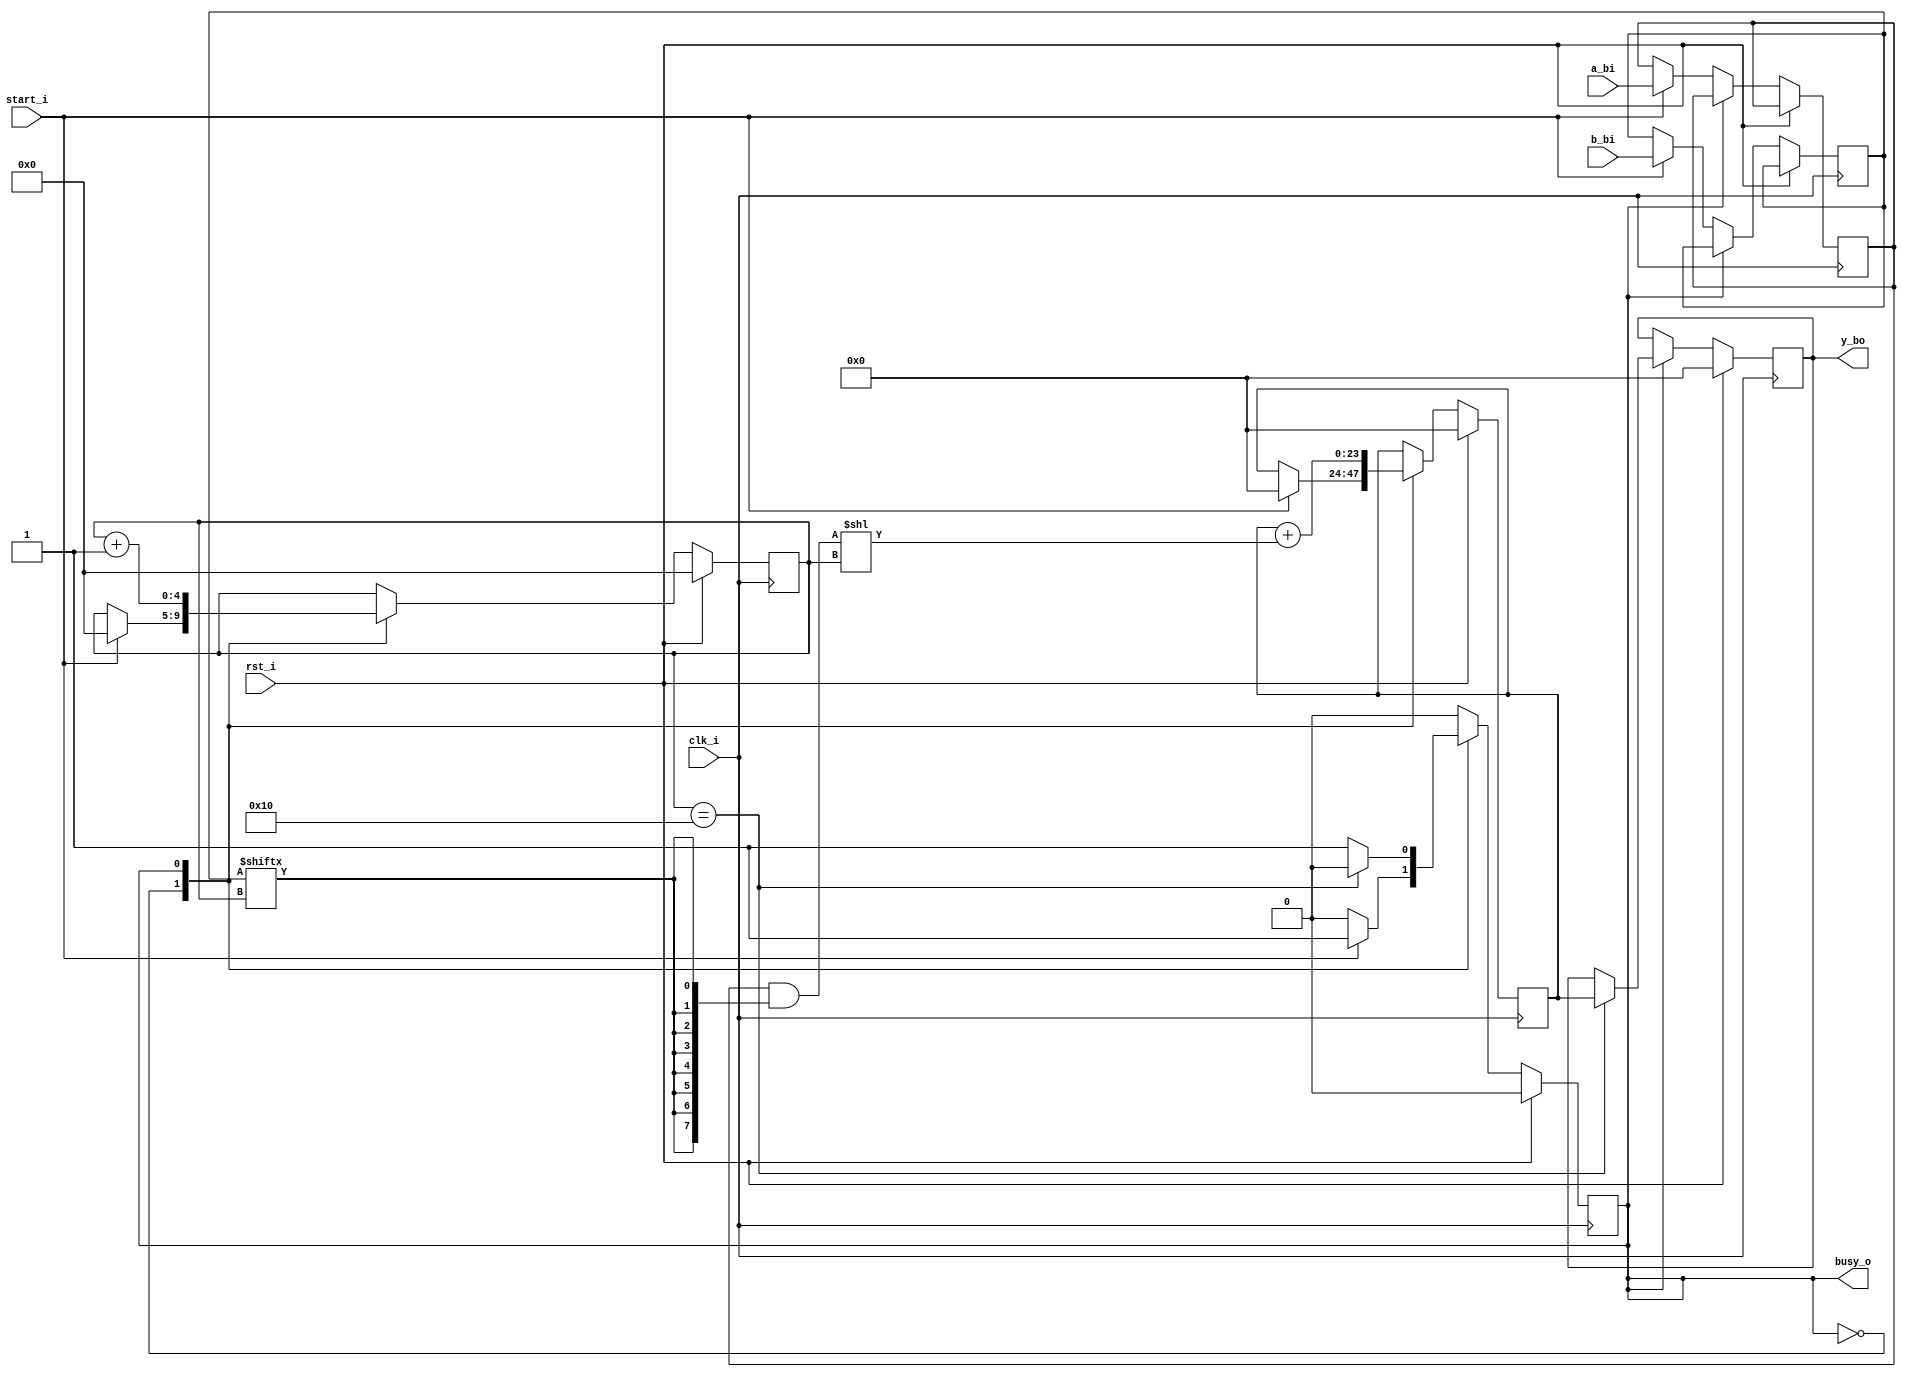
`timescale 1ns / 1ps
//////////////////////////////////////////////////////////////////////////////////
// Company: 
// Engineer: 
// 
// Design Name: 
// Module Name: multipl
// Project Name: 
// Target Devices: 
// Tool Versions: 
// Description: 
// 
// Dependencies: 
// 
// Revision:
// Revision 0.01 - File Created
// Additional Comments:
// 
//////////////////////////////////////////////////////////////////////////////////


module multipl( 
    input clk_i,
    input rst_i,
    
    input [7:0] a_bi,
    input [15:0] b_bi,
    input start_i,
    
    output busy_o,
    output reg [23:0] y_bo
);

    localparam IDLE = 1'b0;
    localparam WORK = 1'b1;

    reg [4:0] ctr; //perenos
    wire [3:0] end_step; //number length
    wire [7:0] part_sum;
    wire [23:0] shifted_part_sum;
    reg [7:0] a;
    reg [15:0] b;
    reg [23:0] part_res;
    reg state = IDLE;
    
    assign part_sum = a & {16{b[ctr]}};
    assign shifted_part_sum = part_sum << ctr;
    assign end_step = (ctr == 5'b10000); 
    assign busy_o = state;
    
    always @(posedge clk_i)
        if (rst_i) begin
            ctr <= 0;
            part_res <= 0;
            y_bo <= 0;
            state <= IDLE;
        end else begin
            case (state)
                IDLE:
                    if (start_i) begin
                        state <= WORK;
                        a <= a_bi;
                        b <= b_bi;
                        ctr <= 0;
                        part_res <= 0;
                    end
                WORK:
                    begin
                        if (end_step) begin
                            state <= IDLE;
                            y_bo <= part_res;
                        end
                        part_res <= part_res + shifted_part_sum;
                        ctr <= ctr + 1 ;
                    end
            endcase
        end
endmodule